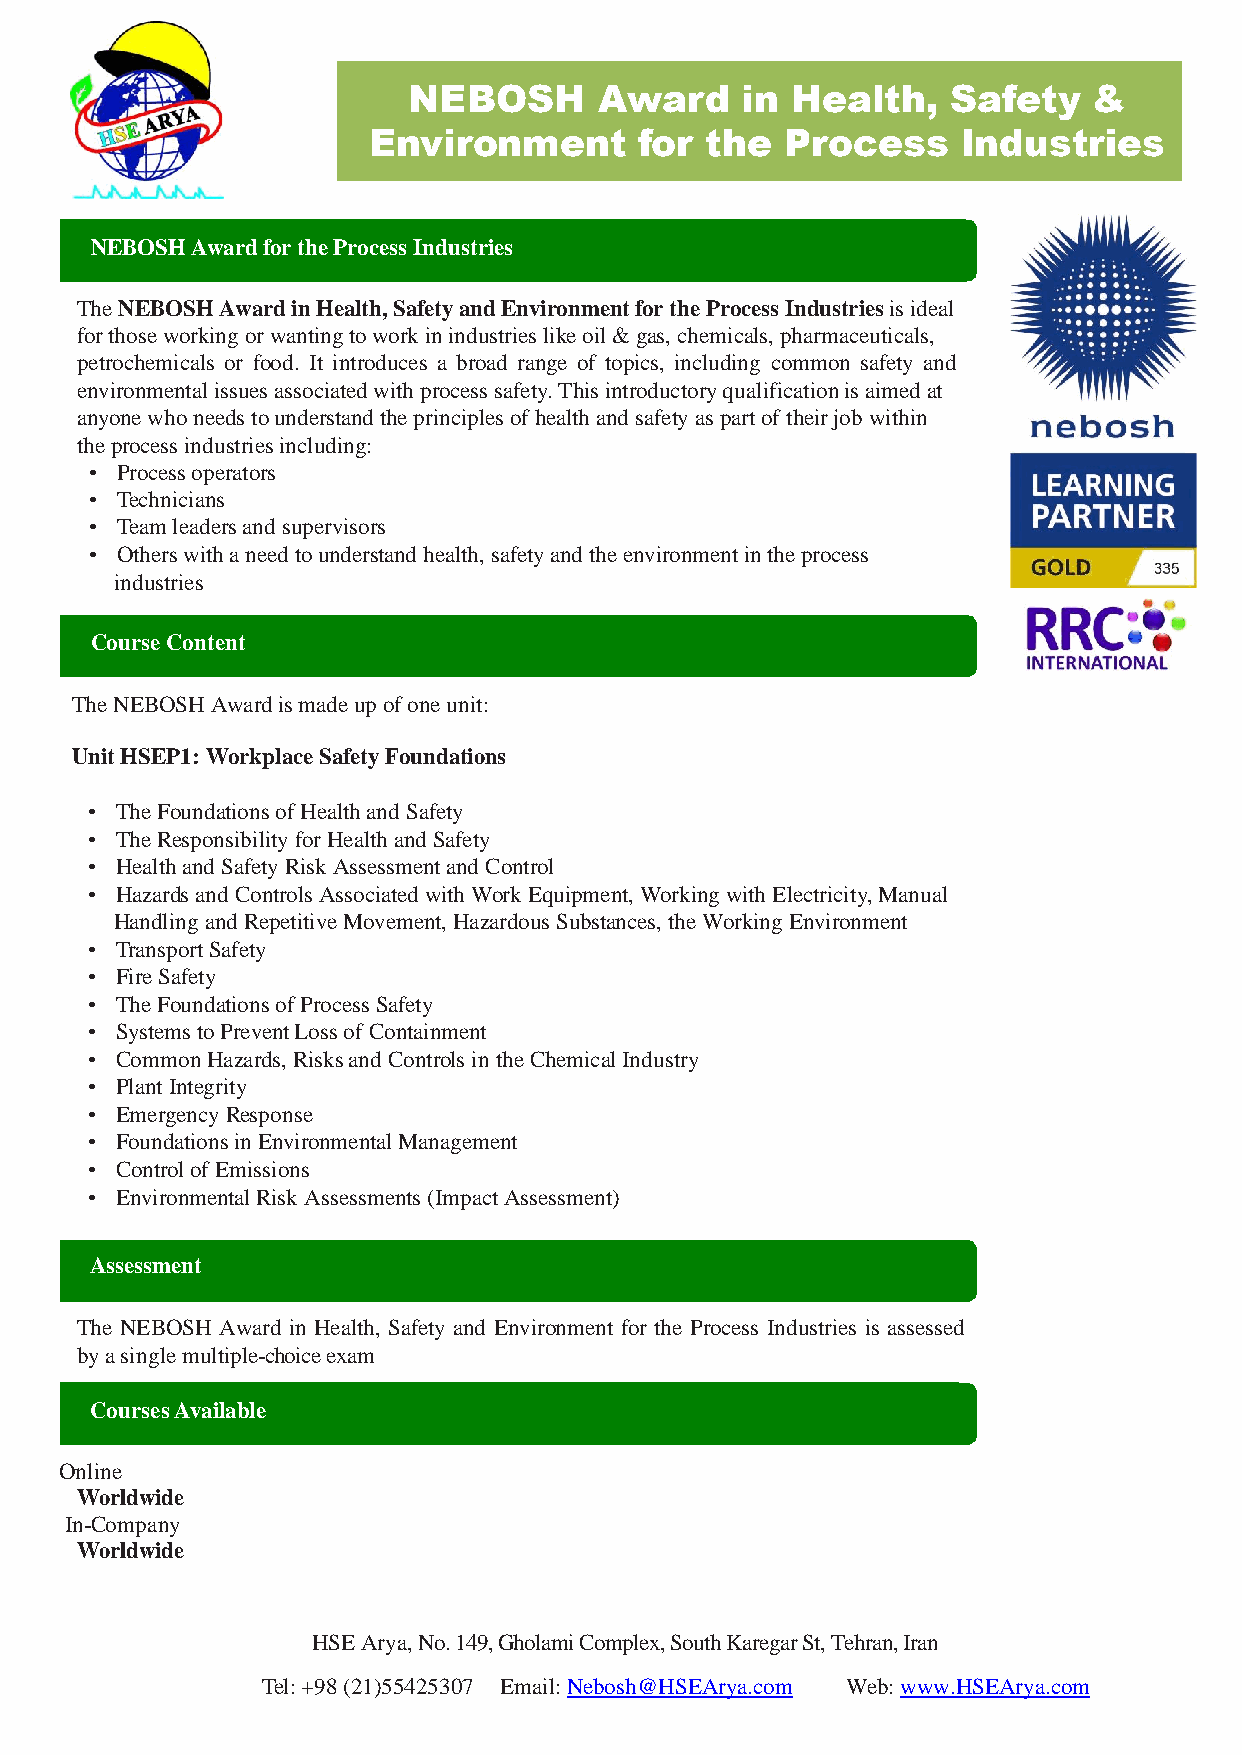
NEBOSH       Award    in Health,    Safety   &
 Environment       for  the  Process     Industries
 NEBOSH Award for the Process Industries
 The NEBOSH Award in Health, Safety and Environment for the Process Industries is ideal
 for those working or wanting to work in industries like oil & gas, chemicals, pharmaceuticals,
 petrochemicals or food. It introduces a broad range of topics, including common safety and
 environmental issues associated with process safety. This introductory qualification is aimed at
 anyone who needs to understand the principles of health and safety as part of their job within
 the process industries including:
 • Process operators
 • Technicians
 • Team leaders and supervisors
 • Others with a need to understand health, safety and the environment in the process
 industries
 Course Content
 The NEBOSH Award is made up of one unit:
 Unit HSEP1: Workplace Safety Foundations
 • The Foundations of Health and Safety
 • The Responsibility for Health and Safety
 • Health and Safety Risk Assessment and Control
 • Hazards and Controls Associated with Work Equipment, Working with Electricity, Manual
 Handling and Repetitive Movement, Hazardous Substances, the Working Environment
 • Transport Safety
 • Fire Safety
 • The Foundations of Process Safety
 • Systems to Prevent Loss of Containment
 • Common Hazards, Risks and Controls in the Chemical Industry
 • Plant Integrity
 • Emergency Response
 • Foundations in Environmental Management
 • Control of Emissions
 • Environmental Risk Assessments (Impact Assessment)
 Assessment
 The NEBOSH Award in Health, Safety and Environment for the Process Industries is assessed
 by a single multiple-choice exam
 Courses Available
 Online
 Worldwide
 In-Company
 Worldwide
 HSE Arya, No. 149, Gholami Complex, South Karegar St, Tehran, Iran
 Tel: +98 (21)55425307 Email: Nebosh@HSEArya.com Web: www.HSEArya.com
 3100